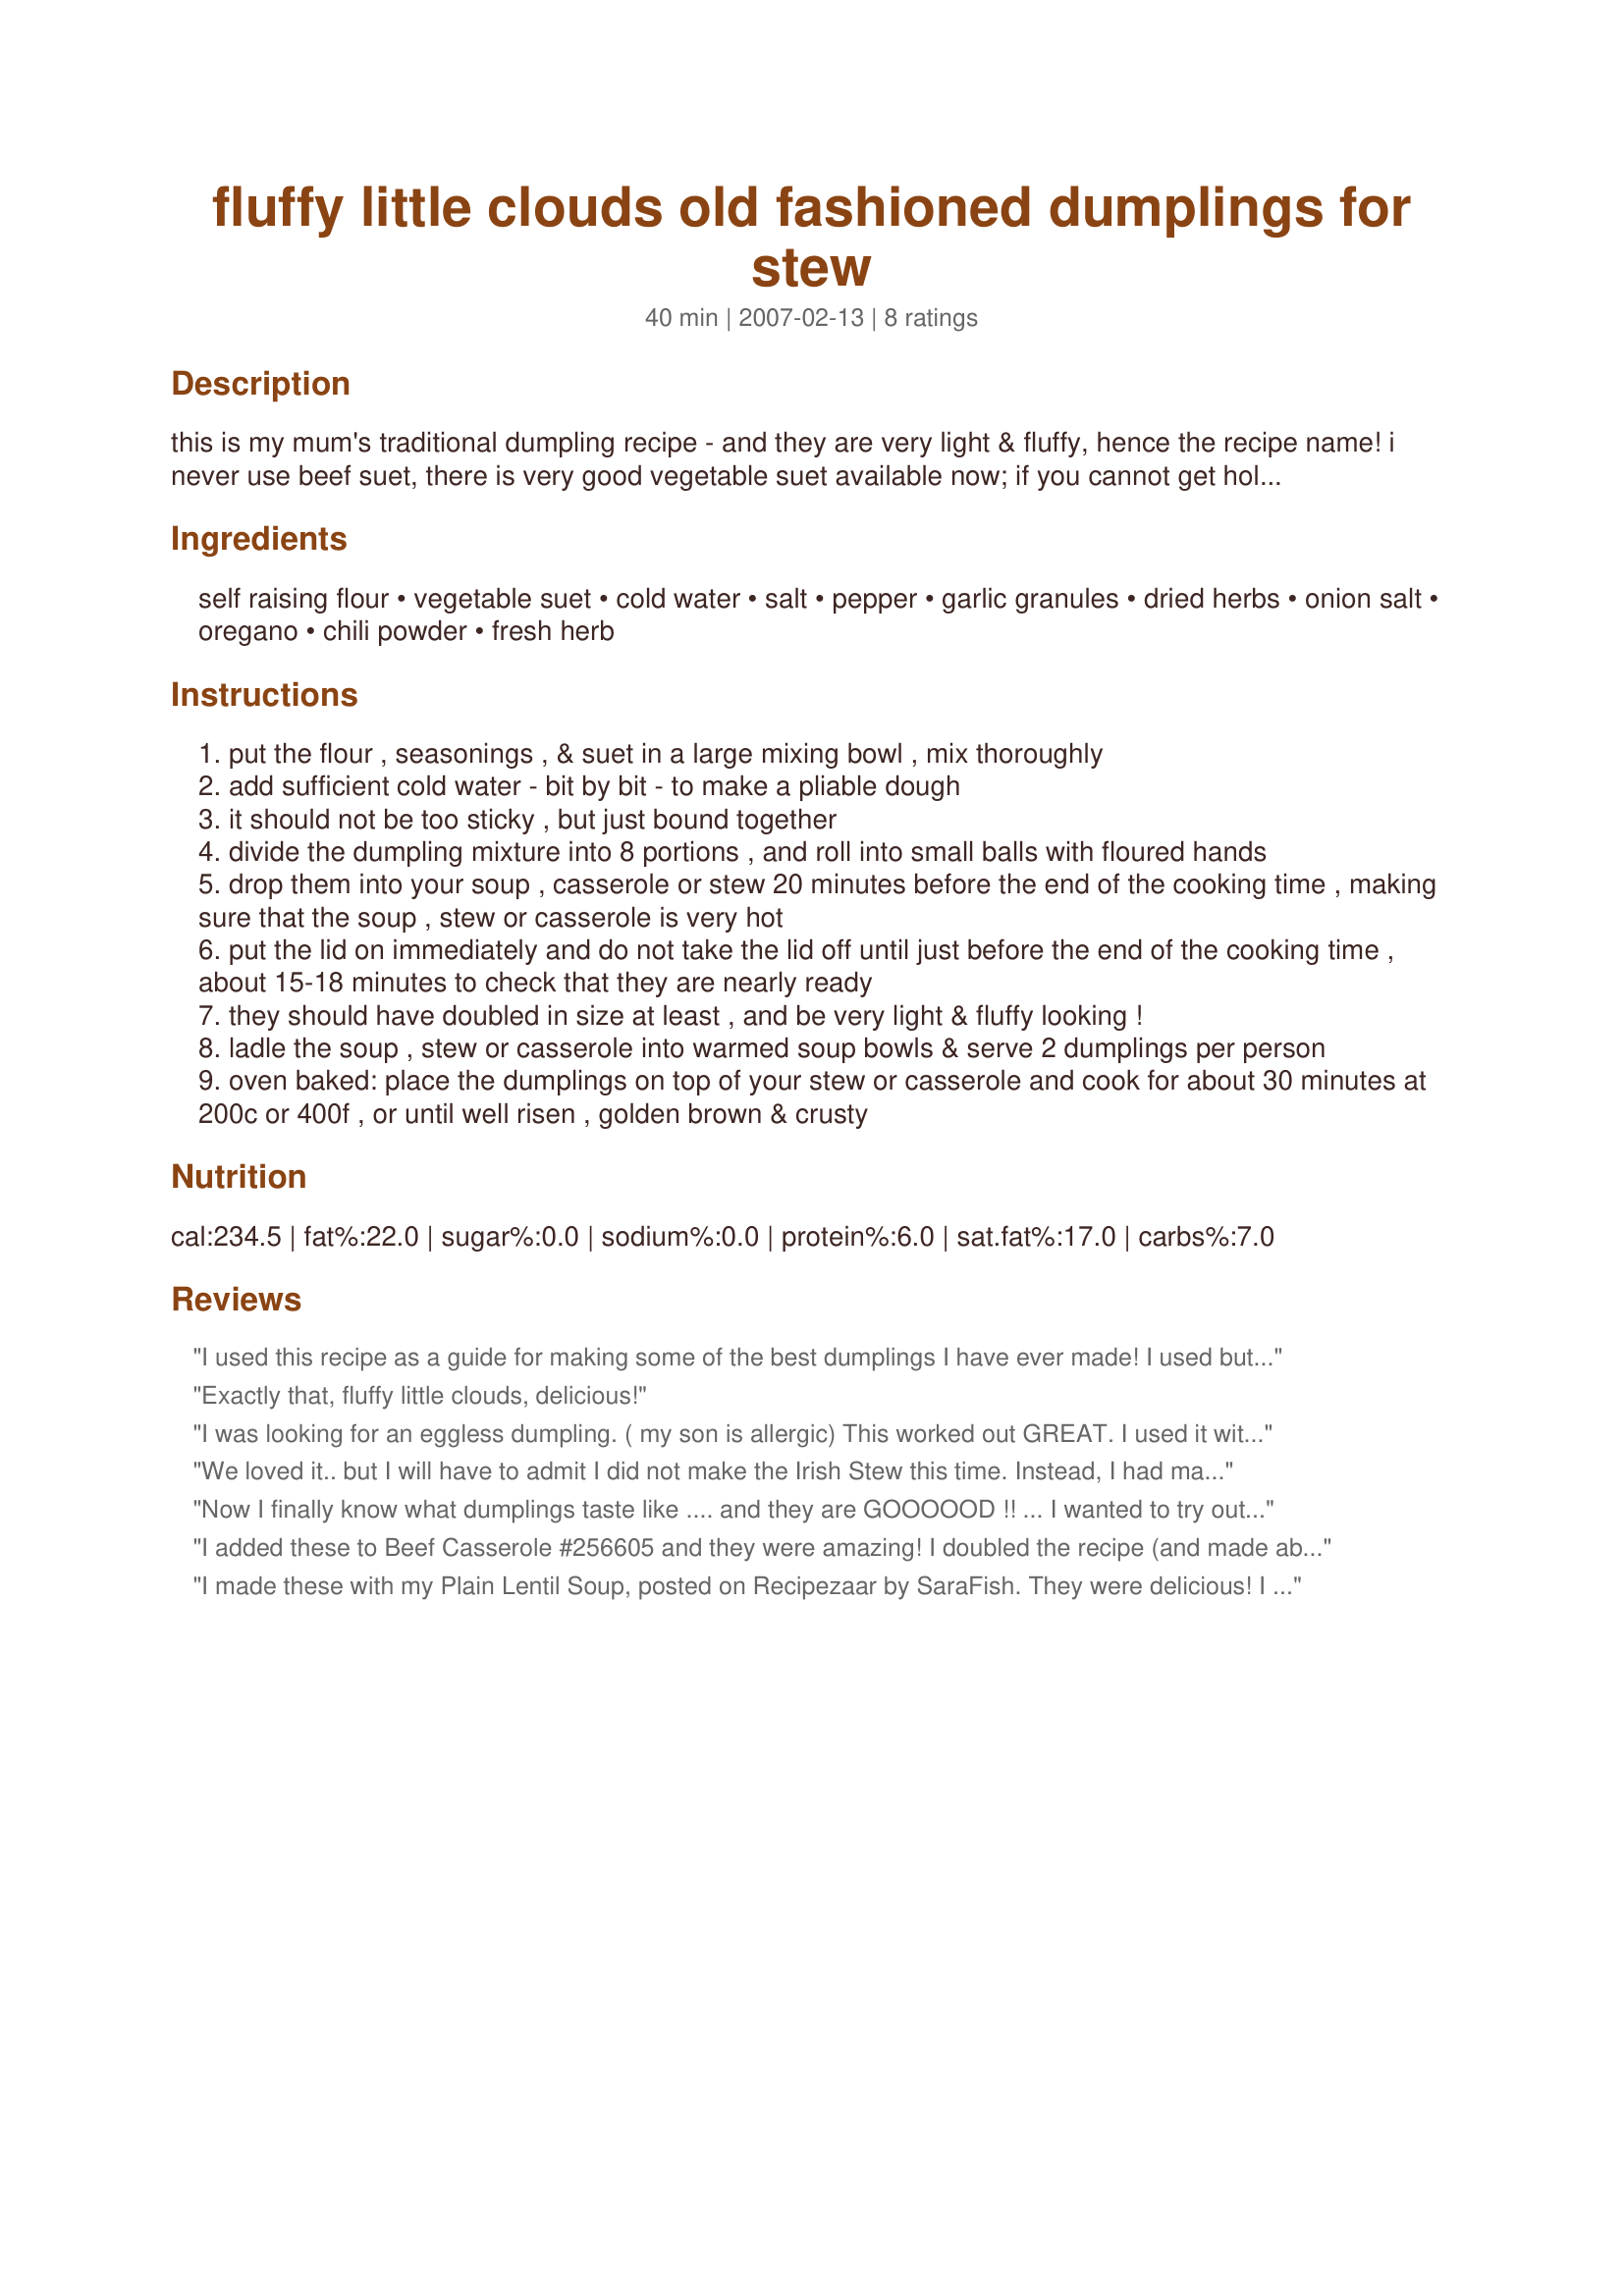
fluffy little clouds old fashioned dumplings for stew
Preparation time: 40 minutes

this is my mum's traditional dumpling recipe - and they are very light & fluffy, hence the recipe name! i never use beef suet, there is very good vegetable suet available now; if you cannot get hold of suet, put a block of butter in the freezer & grate it into the dumpling mixture - it's the little pieces of fat that give the dumplings their "rise"! these are great with added flavours, such as garlic, herbs, seasoning salt, even chilli if you are making them to go with a spicy stew or soup. drop them into any stews or soups you are making - they are also wonderful baked in the oven, they are still light but have a crusty top. this recipe can be increased with ease - the quantities listed make 8 individual dumplings.

Ingredients:
self raising flour, vegetable suet, cold water, salt, pepper, garlic granules, dried herbs, onion salt, oregano, chili powder, fresh herb

Steps:
put the flour , seasonings , & suet in a large mixing bowl , mix thoroughly
add sufficient cold water - bit by bit - to make a pliable dough
it should not be too sticky , but just bound together
divide the dumpling mixture into 8 portions , and roll into small balls with floured hands
drop them into your soup , casserole or stew 20 minutes before the end of the cooking time , making sure that the soup , stew or casserole is very hot
put the lid on immediately and do not take the lid off until just before the end of the cooking time , about 15-18 minutes to check that they are nearly ready
they should have doubled in size at least , and be very light & fluffy looking !
ladle the soup , stew or casserole into warmed soup bowls & serve 2 dumplings per person
oven baked: place the dumplings on top of your stew or casserole and cook for about 30 minutes at 200c or 400f , or until well risen , golden brown & crusty

Reviews:
I used this recipe as a guide for making some of the best dumplings I have ever made! I used butter, and in place of water, I mixed about 1/8 c milk with 1 beaten egg, and then added milk to the batter as needed until a sticky consistency was reached. The only seasonings I used were salt, pepper, and about 1 tsp of poultry seasoning. Super light, moist and 2 per person are just perfect. For my chicken and dumplings, made with onion, garlic and leeks? Amazing!
Exactly that, fluffy little clouds, delicious!
I was looking for an eggless dumpling. ( my son is allergic)
This worked out GREAT. I used it with Recipe #393172 Green Bean Dumpling Soup. Talk about yummy! I did the dumplings here plain without the seasons and they were just tasty! Thank you for sharing this recipe!
We loved it.. but I will have to admit I did not make the Irish Stew this time. Instead, I had made oven-roasted tomato soup and the dumplings were just right (didn't have to make any bread!!). Definitely a winner and I shall be making them quite often from now on. Thank you for sharing your mum's recipe.. These are fluffy little clouds alright!
Now I finally know what dumplings taste like .... and they are GOOOOOD !! ... I wanted to try out this recipe and I cooked them in a basic Chicken and vegetable soup.... they were excellent !!... normally soup wont fill me up and i end up having to have heaps of bread with it... but not this time... i totally recommend you try these amazing little fluff balls !!
I added these to Beef Casserole #256605 and they were amazing! I doubled the recipe (and made about 15) and added 1/2 ts of mixed herbs. The 4 kids thought they were fantastic, thanks for posting French Tart, these are a winner!
I made these with my Plain Lentil Soup, posted on Recipezaar by SaraFish. They were delicious! I used butter instead of suet. Also, I baked them in the oven (like biscuits), instead of on top of the soup. By baking them this way, they don't take very long to cook (only about 15 min). Next time I make soup, I'll be making these again.
